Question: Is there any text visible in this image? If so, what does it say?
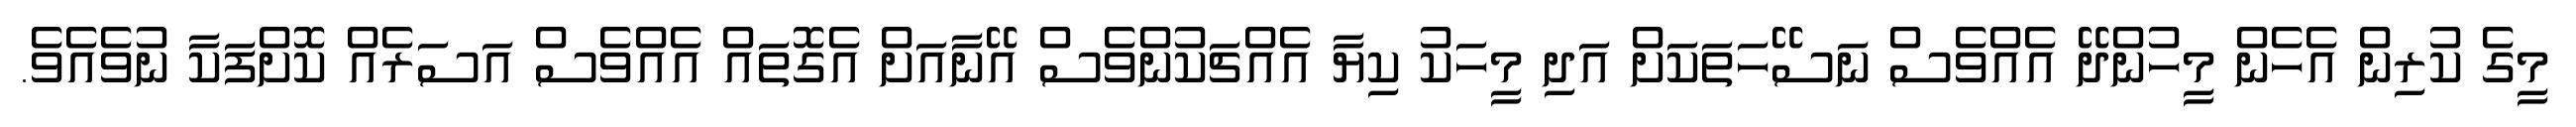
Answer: މީގެ ކުރިން އެހެން މީހުންދޭ އެއްވެސް ނަސޭހަތަކަށް އަދި މީހަކު ކިޔާ އެއްޗަކުންވެސް އޭނާއަށް އެގޮތައް އެއްވެސް އަސަރެއް ކޮށްފަކާ ނުވެއެވެ.